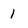
Character: 1